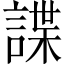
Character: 諜